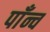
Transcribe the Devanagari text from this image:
पाँन्च